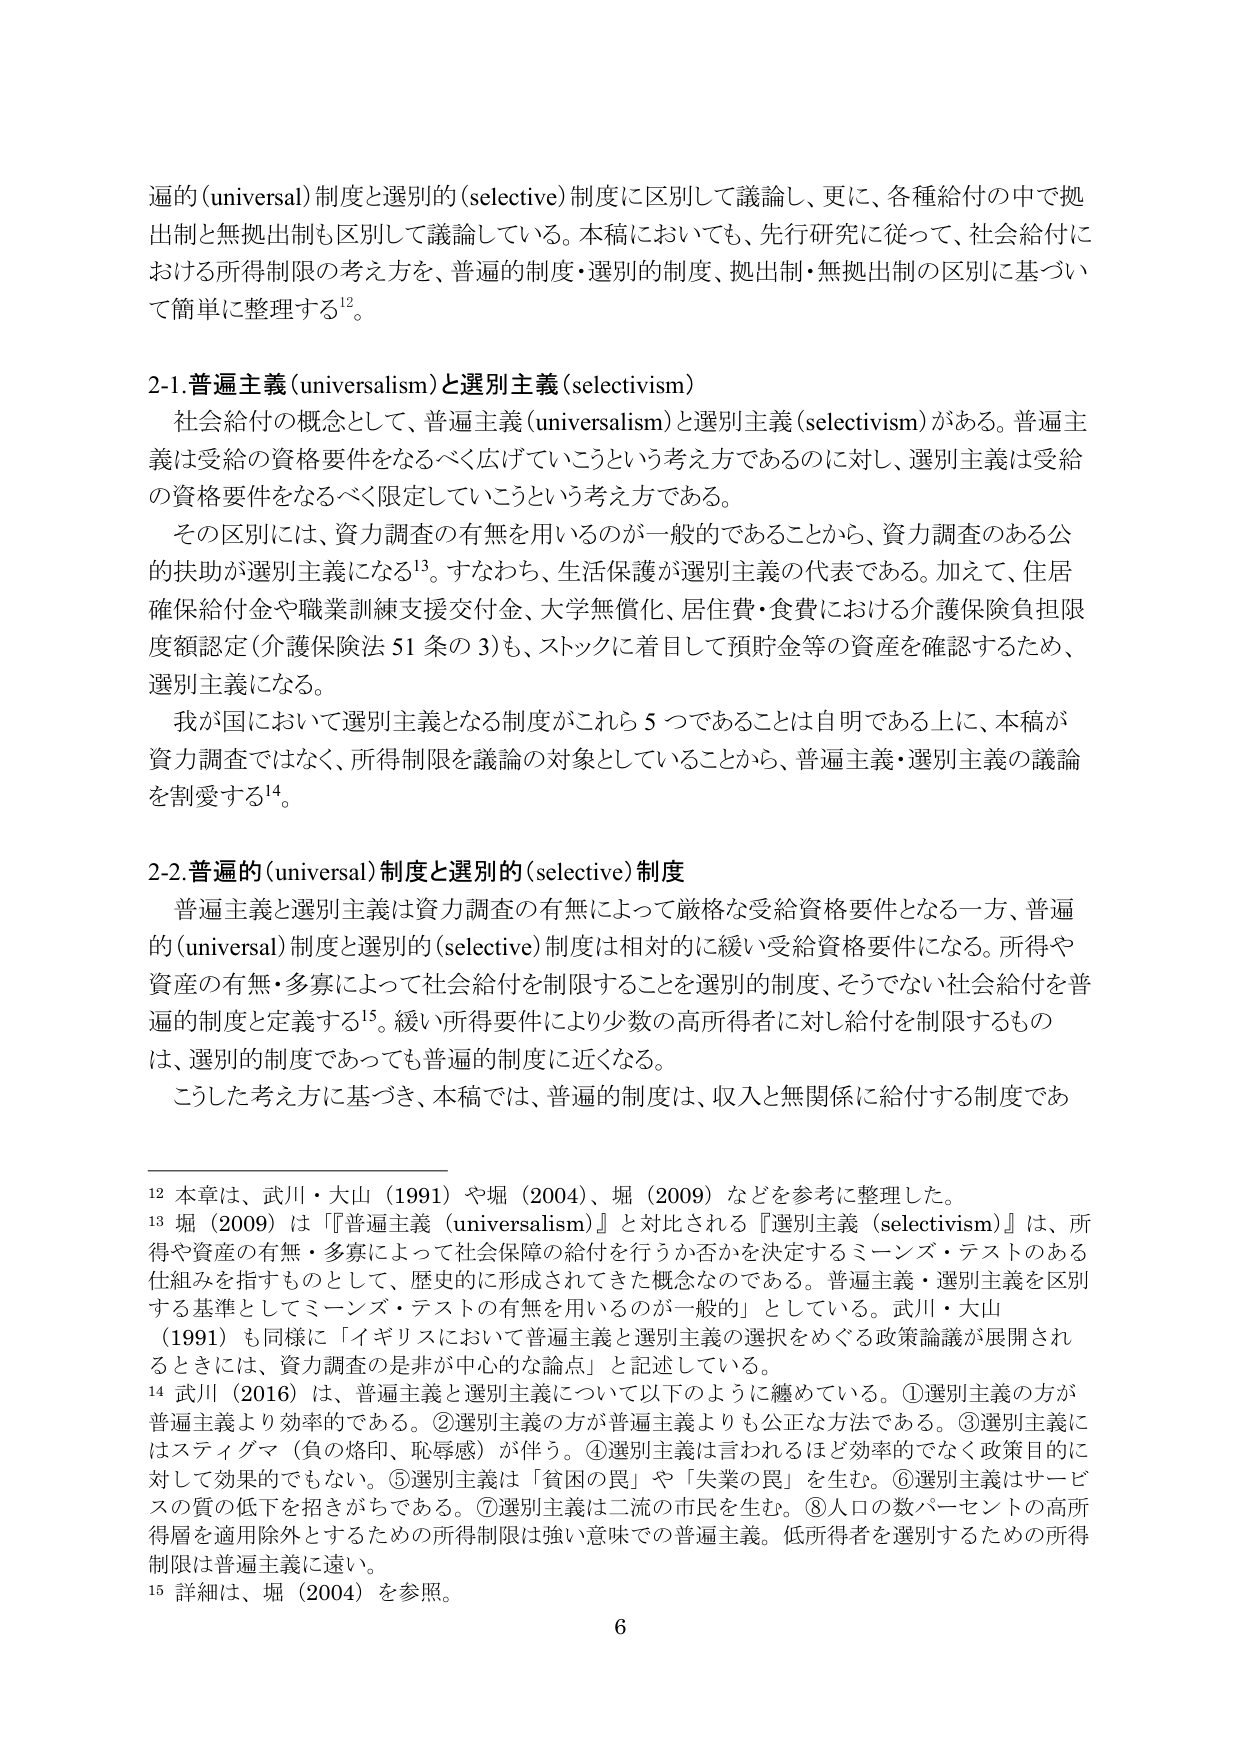
遍的（universal）制度と選別的（selective）制度に区別して議論し、更に、各種給付の中で拠出制と無拠出制も区別して議論している。本稿においても、先行研究に従って、社会給付における所得制限の考え方を、普遍的制度・選別的制度、拠出制・無拠出制の区別に基づいて簡単に整理する¹²。

2-1. 普遍主義（universalism）と選別主義（selectivism）
社会給付の概念として、普遍主義（universalism）と選別主義（selectivism）がある。普遍主義は受給の資格要件をなるべく広げていこうという考え方であるのに対し、選別主義は受給の資格要件をなるべく限定していこうという考え方である。
その区別には、資力調査の有無を用いるのが一般的であることから、資力調査のある公的扶助が選別主義になる¹³。すなわち、生活保護が選別主義の代表である。加えて、住居確保給付金や職業訓練支援交付金、大学無償化、居住費・食費における介護保険負担限度額認定（介護保険法51条の3）も、ストックに着目して預貯金等の資産を確認するため、選別主義になる。
我が国において選別主義となる制度がこれら5つであることは自明である上に、本稿が資力調査ではなく、所得制限を議論の対象としていることから、普遍主義・選別主義の議論を割愛する¹⁴。

2-2. 普遍的（universal）制度と選別的（selective）制度
普遍主義と選別主義は資力調査の有無によって厳格な受給資格要件となる一方、普遍的（universal）制度と選別的（selective）制度は相対的に緩い受給資格要件になる。所得や資産の有無・多寡によって社会給付を制限することを選別的制度、そうでない社会給付を普遍的制度と定義する¹⁵。緩い所得要件により少数の高所得者に対し給付を制限するものは、選別的制度であっても普遍的制度に近くなる。
こうした考え方に基づき、本稿では、普遍的制度は、収入と無関係に給付する制度であ

¹² 本章は、武川・大山（1991）や堀（2004）、堀（2009）などを参考に整理した。
¹³ 堀（2009）は『普遍主義（universalism）』と対比される『選別主義（selectivism）』は、所得や資産の有無・多寡によって社会保障の給付を行うか否かを決定するミーンズ・テストのある仕組みを指すものとして、歴史的に形成されてきた概念なのである。普遍主義・選別主義を区別する基準としてミーンズ・テストの有無を用いるのが一般的」としている。武川・大山（1991）も同様に「イギリスにおいて普遍主義と選別主義の選択をめぐる政策論議が展開されるときには、資力調査の是非が中心的な論点」と記述している。
¹⁴ 武川（2016）は、普遍主義と選別主義について以下のように纏めている。①選別主義の方が普遍主義より効率的である。②選別主義の方が普遍主義よりも公正な方法である。③選別主義にはステイグマ（負の烙印、恥辱感）が伴う。④選別主義は言われるほど効率的でなく政策目的に対して効果的でもない。⑤選別主義は「貧困の罠」や「失業の罠」を生む。⑥選別主義はサービスの質の低下を招きがちである。⑦選別主義は二流の市民を生む。⑧人口の数パーセントの高所得層を適用除外とするための所得制限は強い意味での普遍主義。低所得者を選別するための所得制限は普遍主義に遠い。
¹⁵ 詳細は、堀（2004）を参照。

6